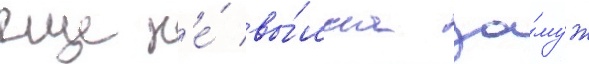
еще н'е́ вы́шла за́муж